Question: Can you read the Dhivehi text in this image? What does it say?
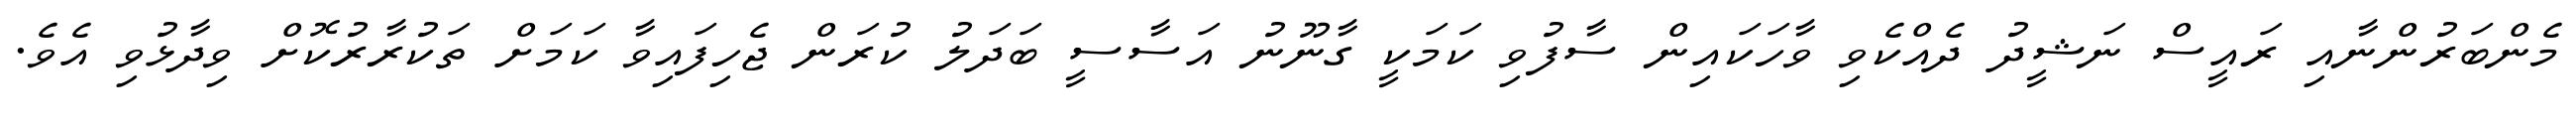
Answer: މެންބަރުންނާއި ރައީސް ނަޝީދު ދެއްކެވި ވާހަކައިން ސާފުވި ކަމަކީ ގާނޫނު އަސާސީ ބަދަލު ކުރަން ޖެހިފައިވާ ކަމަށް ތަކުރާރުކޮށް ވިދާޅުވި އެވެ.